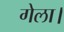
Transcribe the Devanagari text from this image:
गेला।